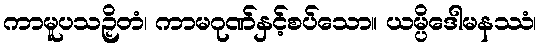
ကာမူပသဉှိတံ၊ ကာမဂုဏ်နှင့်စပ်သော။ ယမ္ပိဒေါမနဿံ၊